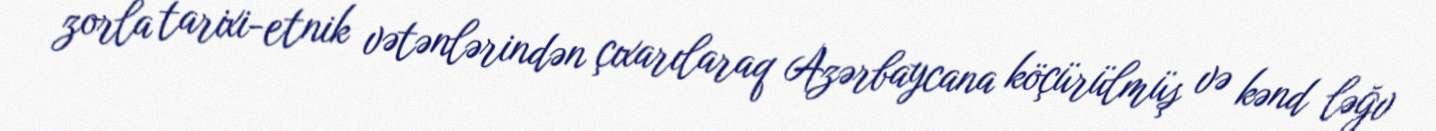
zorla tarixi-etnik vətənlərindən çıxarılaraq Azərbaycana köçürülmüş və kənd ləğv